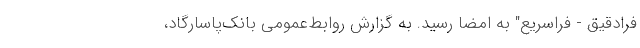
فرادقیق - فراسریع" به امضا رسید. به گزارش روابط‌عمومی بانک‌پاسارگاد،